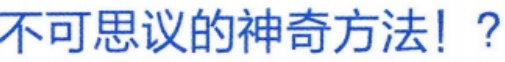
不可思议的神奇方法！?